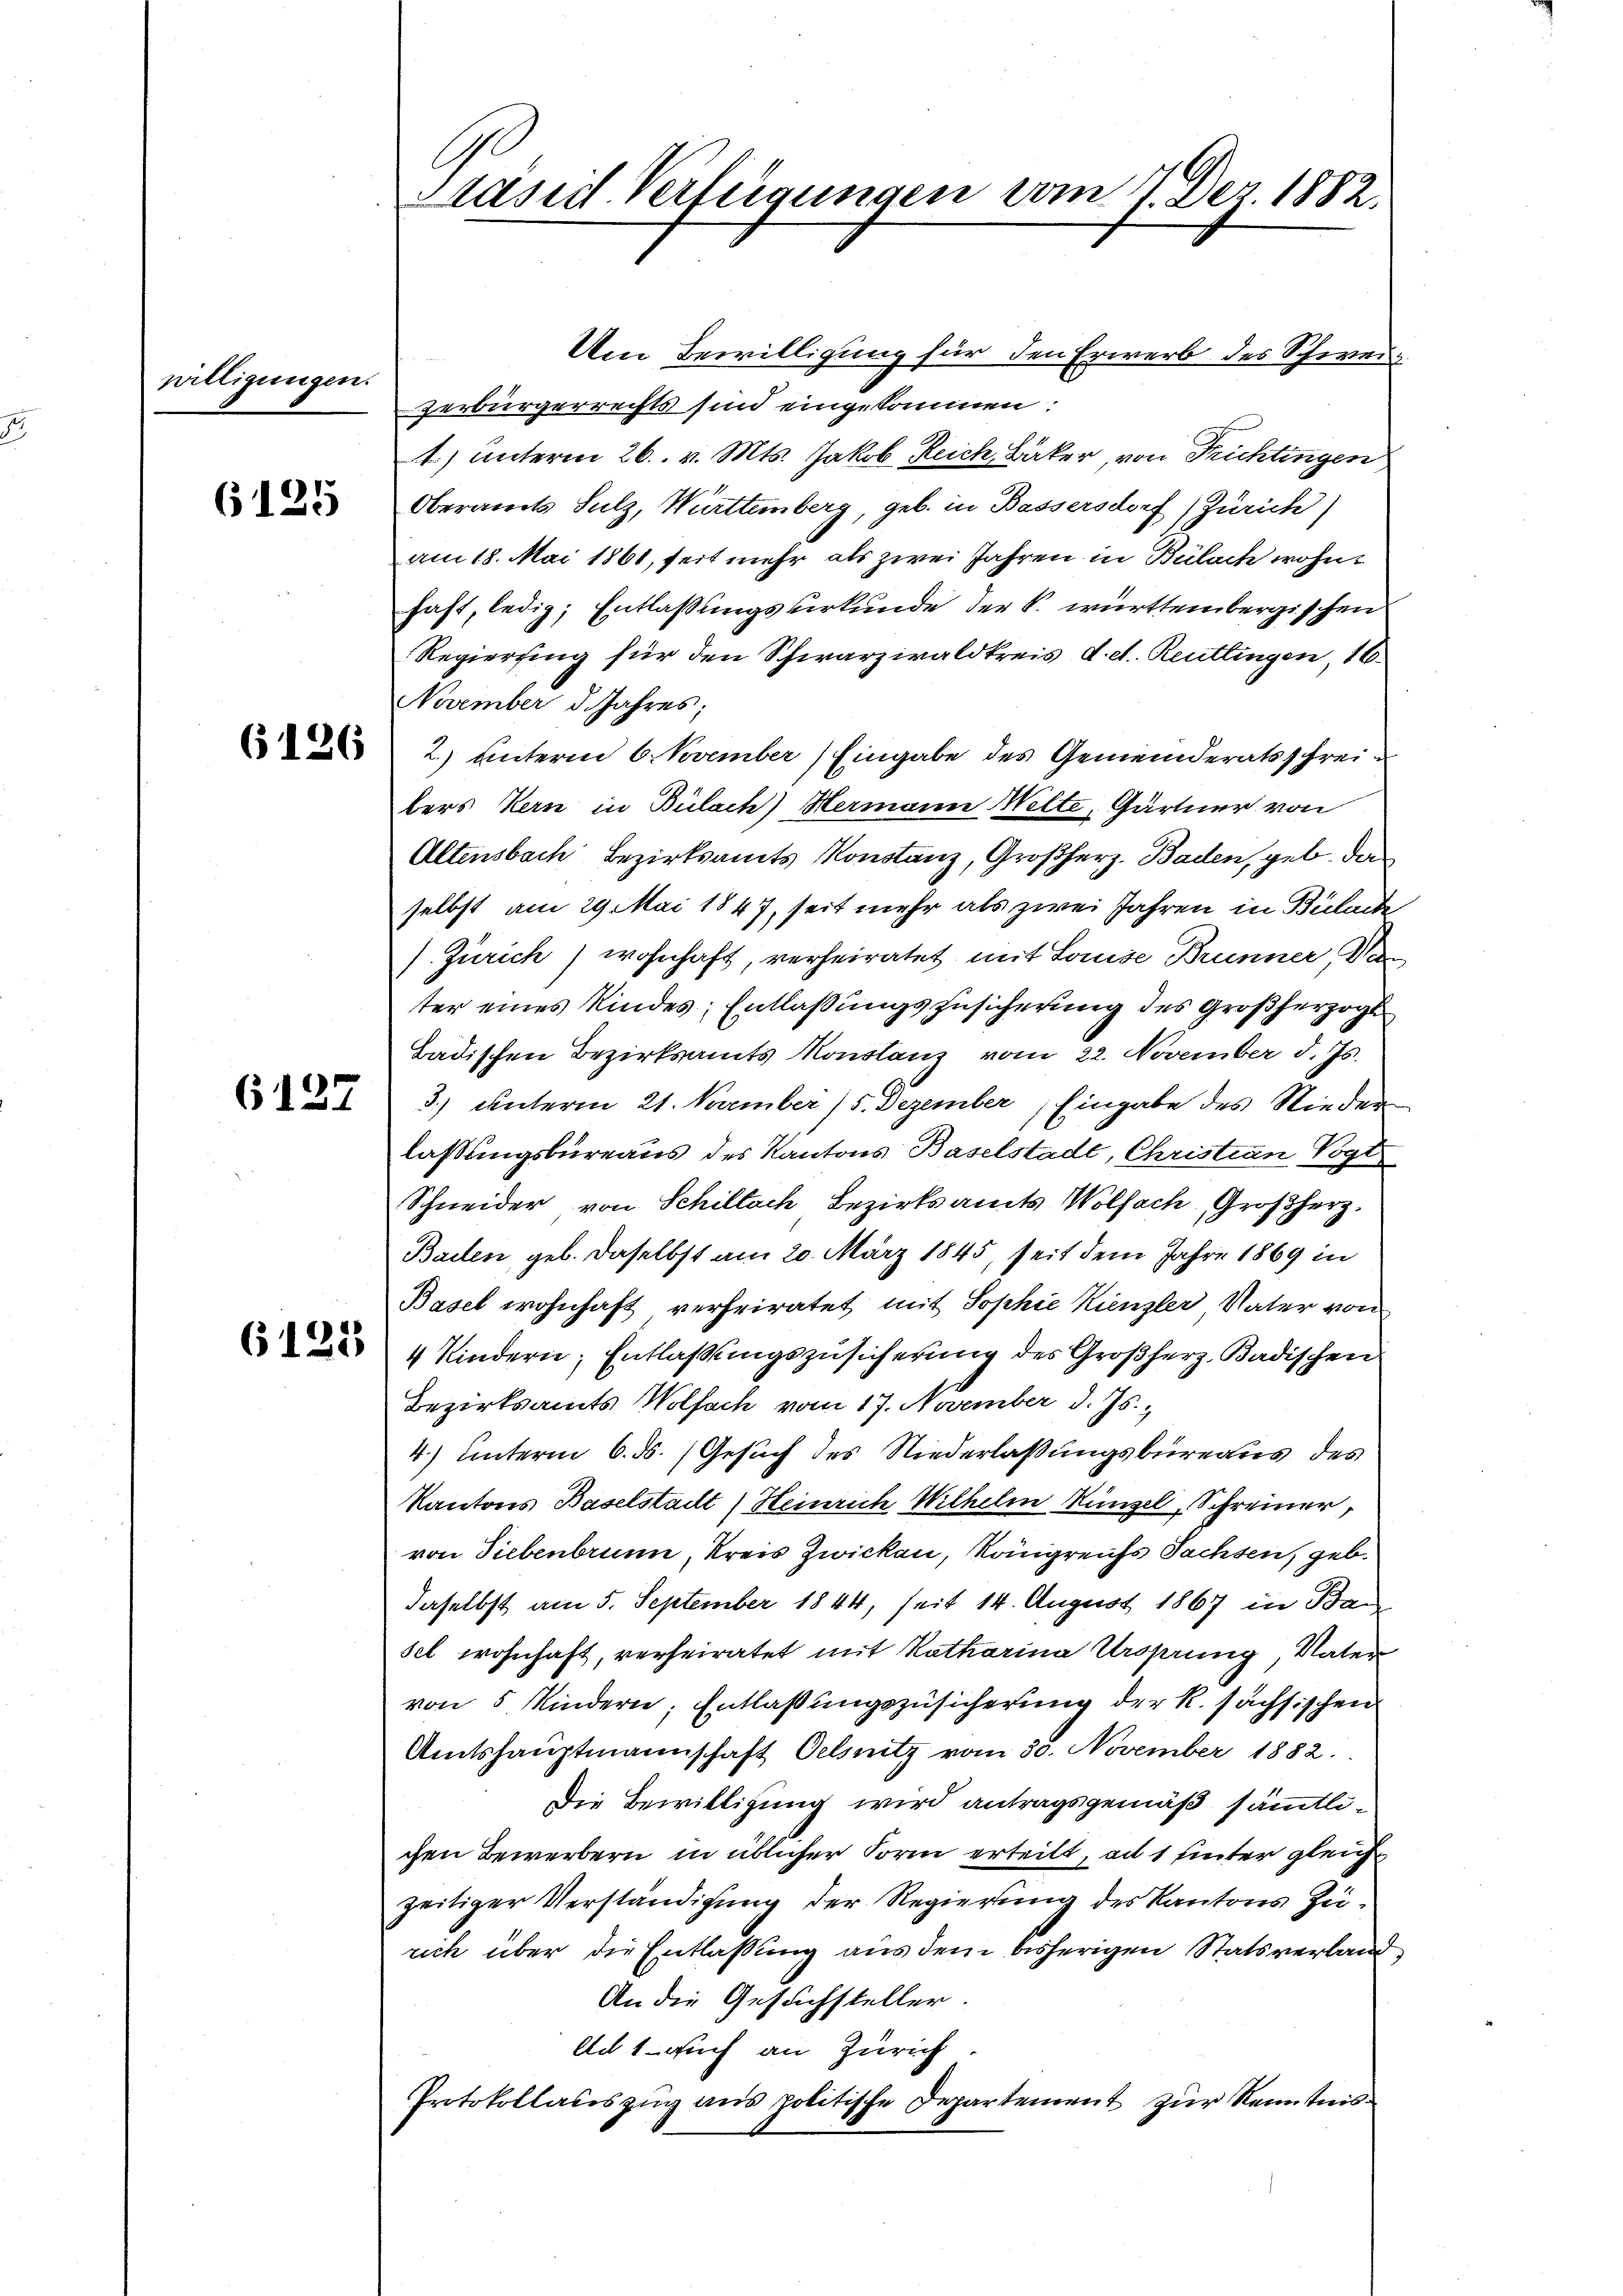
willigungen.

6125

6126

6137

6122

Präsid. Verfügungen vom 14. Dez. 1882.

Um Bewilligung für den Erwerb des Schweizerbürgerrechts sind eingekommen:
1.) unterm 26. v. Mts. Jakob Reich Bäker, von Trichtingen
Oberamts Sulz, Württemberg, geb. in Bassersdorf (Zürich)
am 18. Mai 1861, seit mehr als zwei Jahren in Bülach wohnhaft, ledig; Entlaßungsurkunde der k. württembergischen
Regierung für den Schwarzwaldkreis d. d. Reutlingen 16
November d. Jahres;
2. unterm 6 November) Eingabe des Gemeinderatsschreibers Kern in Bülach) Hermann Welte, Gärtner von
Altensbach Bezirksamts Konstanz, Großherz. Baden, geb. das
selbst am 29. Mai 1847, seit mehr als zwei Jahren in Bülach
J. Zürich) wohnhaft, verheiratet, mit Louise Brünner Ve
ter eines Kindes: Entlaßungszusicherung des Großherzogl
Badischen Bezirksamts Konstanz vom 22. November d. Js.
3.) Unterm 21. November / 5. Dezember Eingabe des Nieder
lassungsbüreaus des Kantons Baselstadt, Christian Vogt
Schneider von Schillach Bezirksamts Wolfach Großherz,
Bailen, geb. daselbst am 20. März 1845, seit dem Jahre 1869 in
Basel wohnhaft verfriratet mit Sophie Kienzler Vater von
4 Kindern; Entlaßungszusicherung des Großherz, Badischen
Bezirksamts Wolfach vom 17. November d. Js.,
4.) unterm 6. ds. (Gesuch des Niederlaßungsbüreaus des
Kantons Baselstalt (Heinrich Wilhelm Münzel, Schreiner,
von Siebenbrunn, Kreis Zwicken, Königreichs Sachsen, geb.
daselbst am 5. September 1844, seit 14. August 1867 in Ban
sel wohnhaft, verheiratet mit Katharina Ursprung, Vater
von 5 Kindern; Entlaßungszusicherung der R. sächsischen
Amtshauptmannschaft Oelsnitz vom 30. November 1882.
Die Bewilligung wird antragsgemäß sämmtlichen Bewerbern in üblicher Form erteilt, ad 1 unter gleich
zeitiger Verständigung der Regierung des Kantons Zürich über die Entlassung aus dem bisherigen Statsverland,
An die Gesuchsteller.
Ad 1. auch an Zürich.
Protokollateszug aus politische Departement zur Kenntnis¬